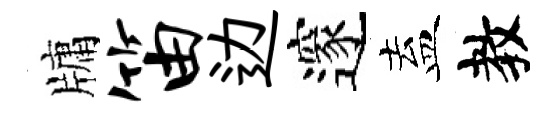
牗笛边邃盍教